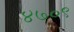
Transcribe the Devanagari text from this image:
४७०९